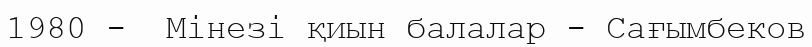
1980 -  Мінезі қиын балалар - Сағымбеков